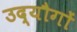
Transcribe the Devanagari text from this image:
उद्यौगों